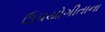
ઉપયોગીતાના